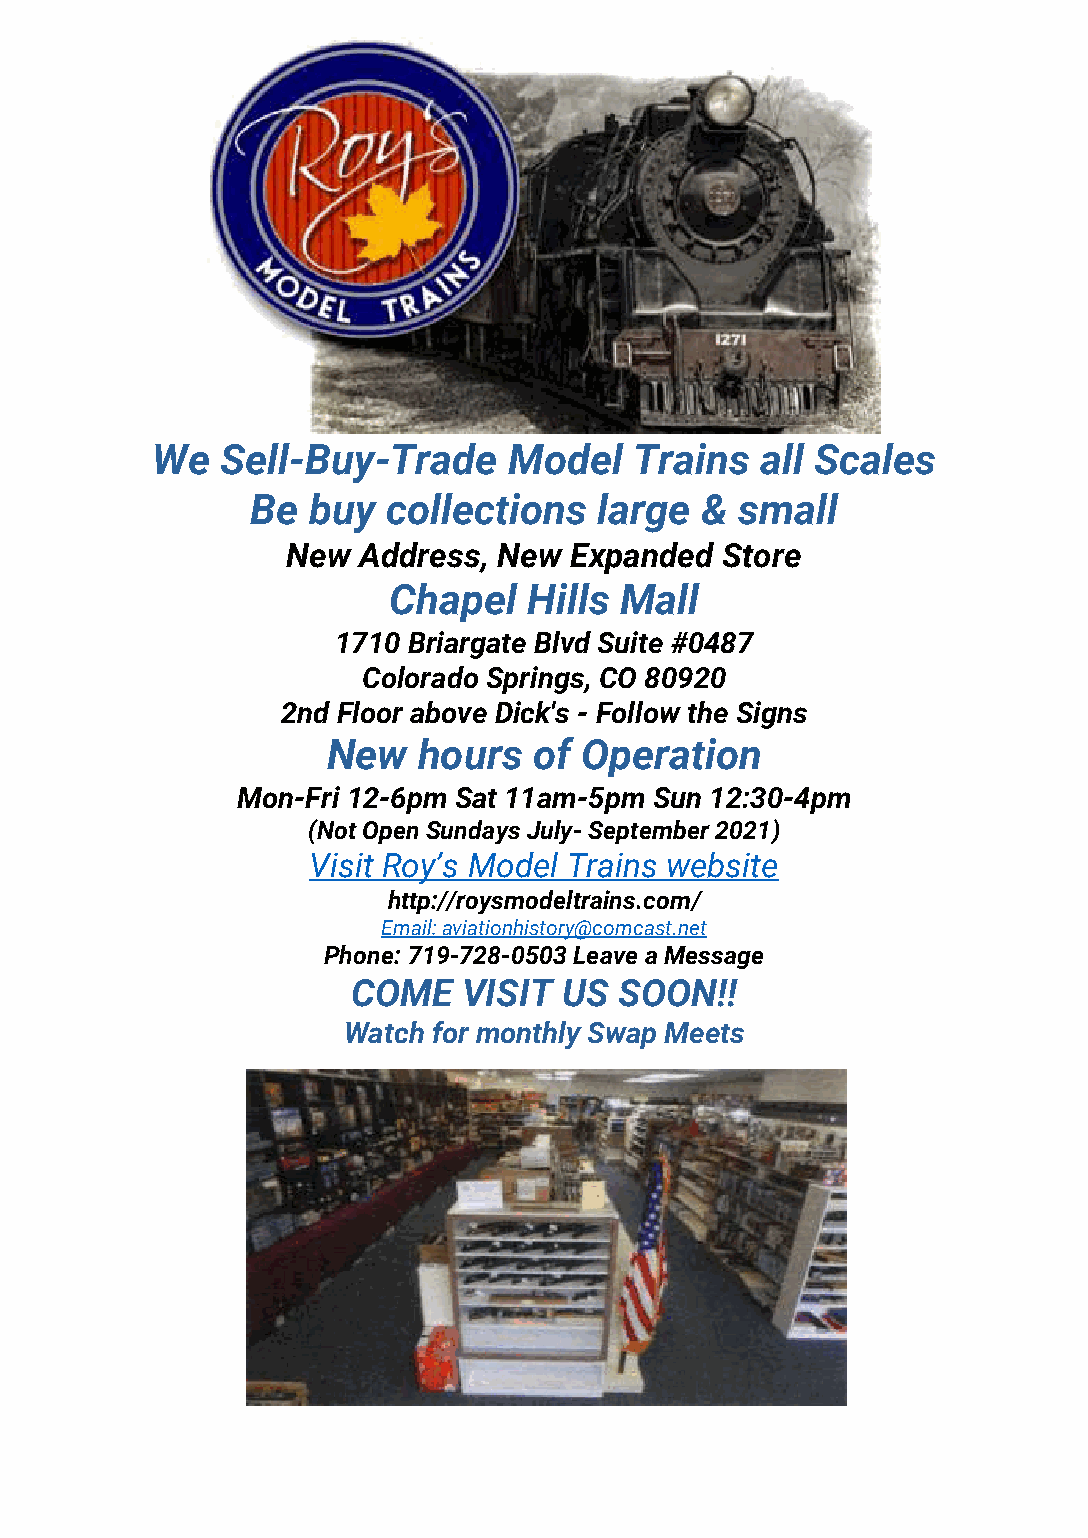
We   Sell-Buy-Trade     Model   Trains  all Scales
 Be buy   collections   large &  small
 New  Address, New  Expanded  Store
 Chapel   Hills Mall
 1710 Briargate Blvd Suite #0487
 Colorado Springs, CO 80920
 2nd Floor above Dick's - Follow the Signs
 New   hours  of Operation
 Mon-Fri 12-6pm Sat 11am-5pm Sun 12:30-4pm
 (Not Open Sundays July- September 2021)
 Visit Roy’s Model Trains website
 http://roysmodeltrains.com/
 Email: aviationhistory@comcast.net
 Phone: 719-728-0503 Leave a Message
 COME    VISIT US  SOON!!
 Watch for monthly Swap Meets